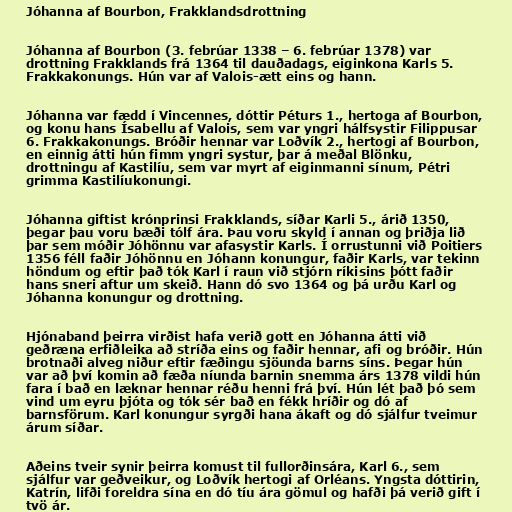
Jóhanna af Bourbon, Frakklandsdrottning

Jóhanna af Bourbon (3. febrúar 1338 – 6. febrúar 1378) var
drottning Frakklands frá 1364 til dauðadags, eiginkona Karls 5.
Frakkakonungs. Hún var af Valois-ætt eins og hann.

Jóhanna var fædd í Vincennes, dóttir Péturs 1., hertoga af Bourbon,
og konu hans Ísabellu af Valois, sem var yngri hálfsystir Filippusar
6. Frakkakonungs. Bróðir hennar var Loðvík 2., hertogi af Bourbon,
en einnig átti hún fimm yngri systur, þar á meðal Blönku,
drottningu af Kastilíu, sem var myrt af eiginmanni sínum, Pétri
grimma Kastilíukonungi.

Jóhanna giftist krónprinsi Frakklands, síðar Karli 5., árið 1350,
þegar þau voru bæði tólf ára. Þau voru skyld í annan og þriðja lið
þar sem móðir Jóhönnu var afasystir Karls. Í orrustunni við Poitiers
1356 féll faðir Jóhönnu en Jóhann konungur, faðir Karls, var tekinn
höndum og eftir það tók Karl í raun við stjórn ríkisins þótt faðir
hans sneri aftur um skeið. Hann dó svo 1364 og þá urðu Karl og
Jóhanna konungur og drottning.

Hjónaband þeirra virðist hafa verið gott en Jóhanna átti við
geðræna erfiðleika að stríða eins og faðir hennar, afi og bróðir. Hún
brotnaði alveg niður eftir fæðingu sjöunda barns síns. Þegar hún
var að því komin að fæða níunda barnin snemma árs 1378 vildi hún
fara í bað en læknar hennar réðu henni frá því. Hún lét það þó sem
vind um eyru þjóta og tók sér bað en fékk hríðir og dó af
barnsförum. Karl konungur syrgði hana ákaft og dó sjálfur tveimur
árum síðar.

Aðeins tveir synir þeirra komust til fullorðinsára, Karl 6., sem
sjálfur var geðveikur, og Loðvík hertogi af Orléans. Yngsta dóttirin,
Katrín, lifði foreldra sína en dó tíu ára gömul og hafði þá verið gift í
tvö ár.